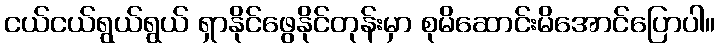
ငယ်ငယ်ရွယ်ရွယ် ရှာနိုင်ဖွေနိုင်တုန်းမှာ စုမိဆောင်းမိအောင်ပြောပါ။